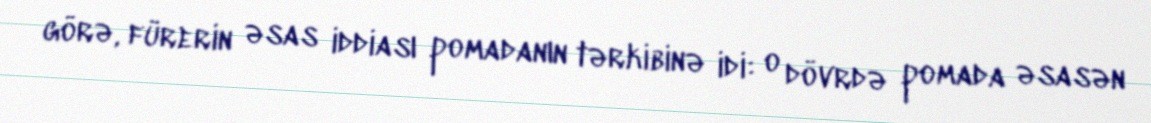
görə, fürerin əsas iddiası pomadanın tərkibinə idi: o dövrdə pomada əsasən